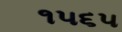
૧૫૬૫